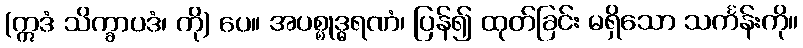
(ဣဒံ သိက္ခာပဒံ၊ ကို) ပေ။ အပစ္စုဒ္ဓရဏံ၊ ပြန်၍ ထုတ်ခြင်း မရှိသော သင်္ကန်းကို။